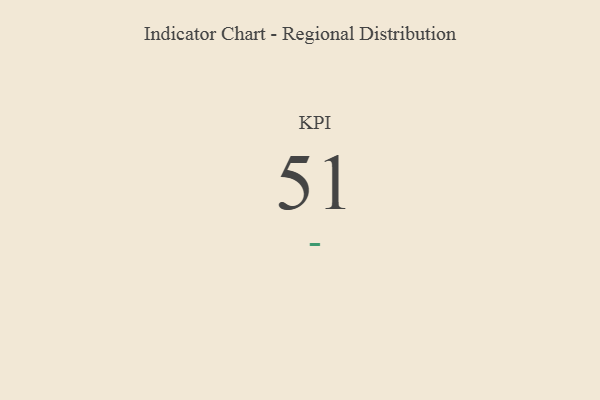
{"axis": {"x": "KPI", "y": "Value"}, "legend": [""], "data": [{"x": "KPI", "y": 51, "type": ""}]}